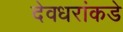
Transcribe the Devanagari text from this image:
देवधरांकडे